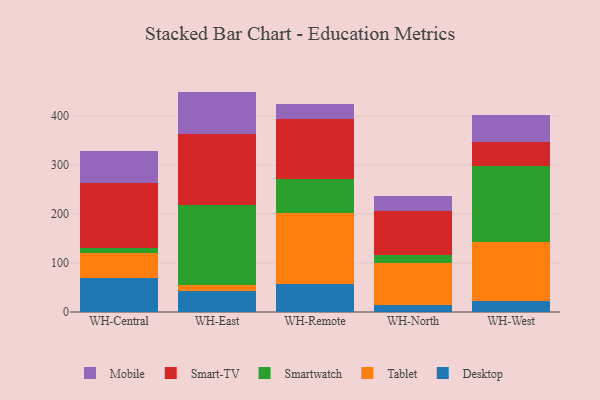
{"axis": {"x": "Warehouse", "y": "Budget (USD K)"}, "legend": ["Desktop", "Mobile", "Smart-TV", "Smartwatch", "Tablet"], "data": [{"x": "WH-Central", "y": 69.7, "type": "Desktop"}, {"x": "WH-Central", "y": 50.9, "type": "Tablet"}, {"x": "WH-Central", "y": 10.6, "type": "Smartwatch"}, {"x": "WH-Central", "y": 132.7, "type": "Smart-TV"}, {"x": "WH-Central", "y": 65.6, "type": "Mobile"}, {"x": "WH-East", "y": 42.1, "type": "Desktop"}, {"x": "WH-East", "y": 13.7, "type": "Tablet"}, {"x": "WH-East", "y": 162.3, "type": "Smartwatch"}, {"x": "WH-East", "y": 146.0, "type": "Smart-TV"}, {"x": "WH-East", "y": 86.0, "type": "Mobile"}, {"x": "WH-Remote", "y": 56.5, "type": "Desktop"}, {"x": "WH-Remote", "y": 145.7, "type": "Tablet"}, {"x": "WH-Remote", "y": 70.1, "type": "Smartwatch"}, {"x": "WH-Remote", "y": 121.6, "type": "Smart-TV"}, {"x": "WH-Remote", "y": 31.9, "type": "Mobile"}, {"x": "WH-North", "y": 14.5, "type": "Desktop"}, {"x": "WH-North", "y": 85.3, "type": "Tablet"}, {"x": "WH-North", "y": 17.5, "type": "Smartwatch"}, {"x": "WH-North", "y": 88.8, "type": "Smart-TV"}, {"x": "WH-North", "y": 31.6, "type": "Mobile"}, {"x": "WH-West", "y": 22.5, "type": "Desktop"}, {"x": "WH-West", "y": 120.1, "type": "Tablet"}, {"x": "WH-West", "y": 155.3, "type": "Smartwatch"}, {"x": "WH-West", "y": 49.8, "type": "Smart-TV"}, {"x": "WH-West", "y": 55.5, "type": "Mobile"}]}